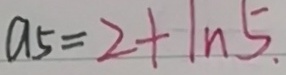
a 5 = 2 + \vert _ { n } 5 .